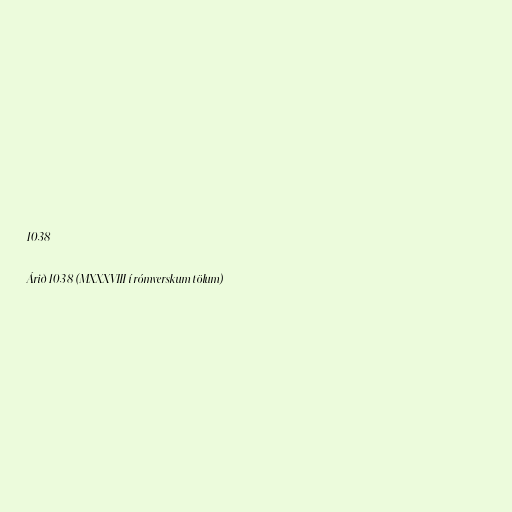
1038

Árið 1038 (MXXXVIII í rómverskum tölum)